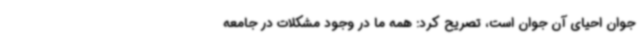
جوان احیای آن جوان است، تصریح کرد: همه ما در وجود مشکلات در جامعه